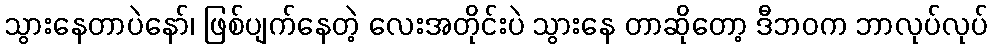
သွားနေတာပဲနော်၊ ဖြစ်ပျက်နေတဲ့ လေးအတိုင်းပဲ သွားနေ တာဆိုတော့ ဒီဘဝက ဘာလုပ်လုပ်